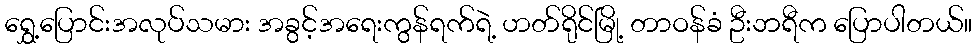
ရွှေ့ပြောင်းအလုပ်သမား အခွင့်အရေးကွန်ရက်ရဲ့ ဟတ်ရိုင်မြို့ တာဝန်ခံ ဦးဘရီက ပြောပါတယ်။